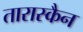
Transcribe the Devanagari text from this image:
तारास्कैन